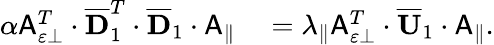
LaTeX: \begin{array}{rl}{\alpha\mathsf{A}_{\varepsilon\perp}^{T}\cdot\overline{{\mathbf{D}}}_{1}^{T}\cdot\overline{{\mathbf{D}}}_{1}\cdot\mathsf{A}_{\parallel}}&{{}=\lambda_{\parallel}\mathsf{A}_{\varepsilon\perp}^{T}\cdot\overline{{\mathbf{U}}}_{1}\cdot\mathsf{A}_{\parallel}.}\end{array}